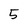
Character: 5